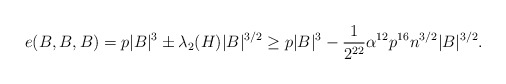
\begin{align*} e(B,B,B) = p|B|^3 \pm \lambda_2(H) |B|^{3/2} \geq p|B|^3 - \frac{1}{2^{22}}\alpha^{12} p^{16} n^{3/2} |B|^{3/2}.\end{align*}